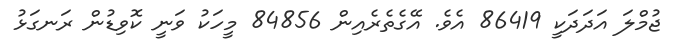
ޖުމްލަ އަދަދަކީ 86419 އެވެ. އޭގެތެރެއިން 84856 މީހަކު ވަނީ ކޮވިޑުން ރަނގަޅު